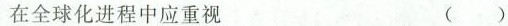
在全球化进程中应重视 ()